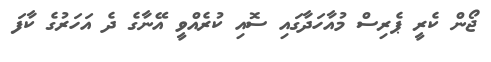
ޖޯން ކެރީ ޕެރިސް މުއާހަދާގައި ސޮއި ކުރެއްވީ އޭނާގެ ދެ އަހަރުގެ ކާފަ